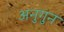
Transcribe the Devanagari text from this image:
अनुगुन